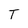
Character: T